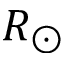
R _ { \odot }